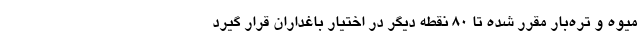
میوه و تره‌بار مقرر شده تا 80 نقطه دیگر در اختیار باغداران قرار گیرد